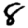
Digit: 8